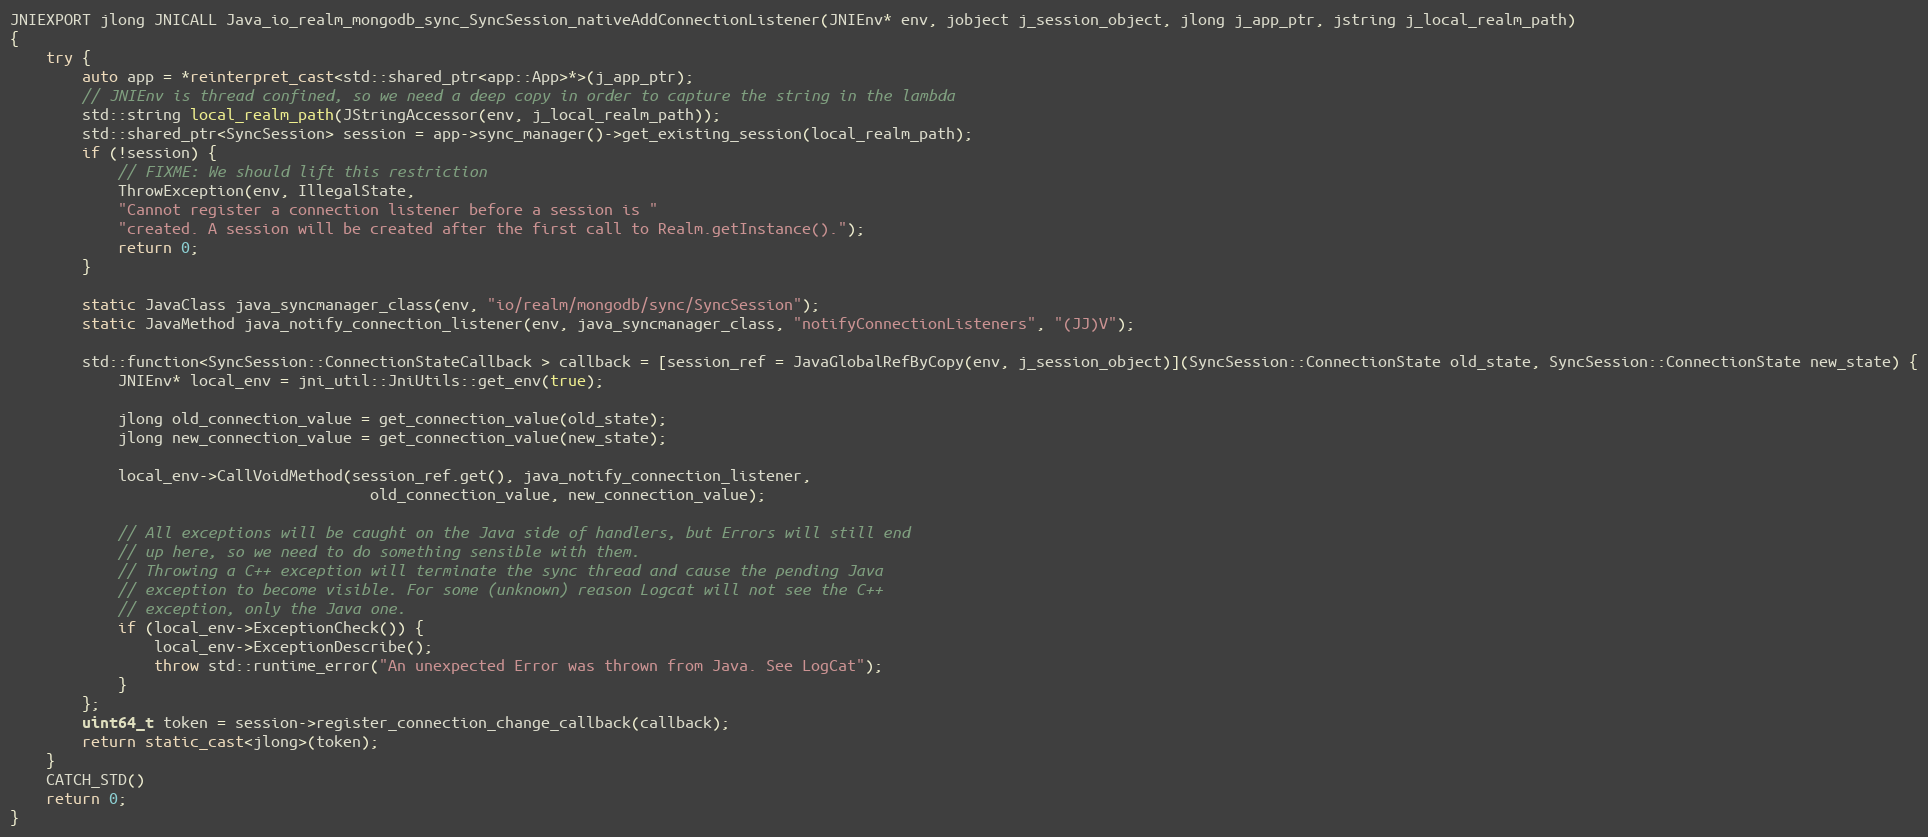
Language: C++
JNIEXPORT jlong JNICALL Java_io_realm_mongodb_sync_SyncSession_nativeAddConnectionListener(JNIEnv* env, jobject j_session_object, jlong j_app_ptr, jstring j_local_realm_path)
{
    try {
        auto app = *reinterpret_cast<std::shared_ptr<app::App>*>(j_app_ptr);
        // JNIEnv is thread confined, so we need a deep copy in order to capture the string in the lambda
        std::string local_realm_path(JStringAccessor(env, j_local_realm_path));
        std::shared_ptr<SyncSession> session = app->sync_manager()->get_existing_session(local_realm_path);
        if (!session) {
            // FIXME: We should lift this restriction
            ThrowException(env, IllegalState,
            "Cannot register a connection listener before a session is "
            "created. A session will be created after the first call to Realm.getInstance().");
            return 0;
        }

        static JavaClass java_syncmanager_class(env, "io/realm/mongodb/sync/SyncSession");
        static JavaMethod java_notify_connection_listener(env, java_syncmanager_class, "notifyConnectionListeners", "(JJ)V");

        std::function<SyncSession::ConnectionStateCallback > callback = [session_ref = JavaGlobalRefByCopy(env, j_session_object)](SyncSession::ConnectionState old_state, SyncSession::ConnectionState new_state) {
            JNIEnv* local_env = jni_util::JniUtils::get_env(true);

            jlong old_connection_value = get_connection_value(old_state);
            jlong new_connection_value = get_connection_value(new_state);

            local_env->CallVoidMethod(session_ref.get(), java_notify_connection_listener,
                                        old_connection_value, new_connection_value);

            // All exceptions will be caught on the Java side of handlers, but Errors will still end
            // up here, so we need to do something sensible with them.
            // Throwing a C++ exception will terminate the sync thread and cause the pending Java
            // exception to become visible. For some (unknown) reason Logcat will not see the C++
            // exception, only the Java one.
            if (local_env->ExceptionCheck()) {
                local_env->ExceptionDescribe();
                throw std::runtime_error("An unexpected Error was thrown from Java. See LogCat");
            }
        };
        uint64_t token = session->register_connection_change_callback(callback);
        return static_cast<jlong>(token);
    }
    CATCH_STD()
    return 0;
}